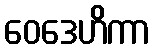
ဝေဒေဟိကာ